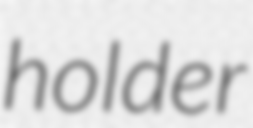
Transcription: holder